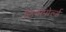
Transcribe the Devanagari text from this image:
लियोपोर्ल्ड